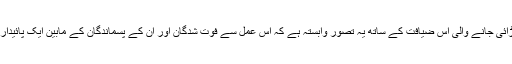
مردوں کے جسم پر اڑائی جانے والی اس ضیافت کے ساتھ یہ تصور وابستہ ہے کہ اس عمل سے فوت شدگان اور ان کے پسماندگان کے مابین ایک پائیدار رشتہ قائم ہوجاتا ہے۔